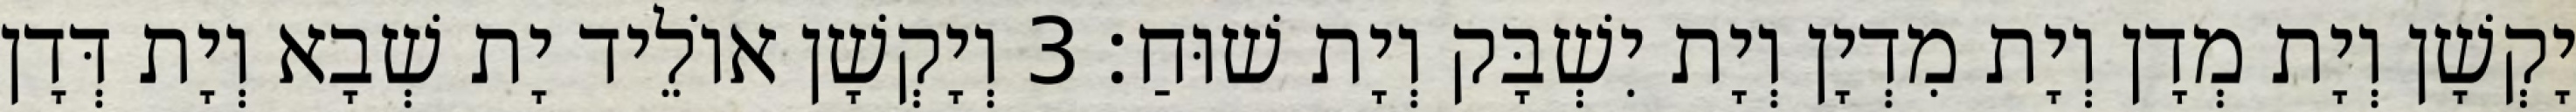
יָקְשָׁן וְיָת מְדָן וְיָת מִדְיָן וְיָת יִשְׁבָּק וְיָת שׁוּחַ׃ 3 וְיָקְשָׁן אוֹלֵיד יָת שְׁבָא וְיָת דְּדָן